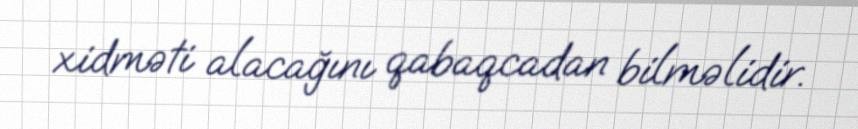
xidməti alacağını qabaqcadan bilməlidir.